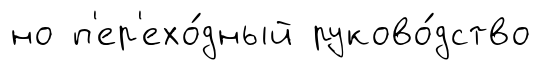
но п'ер'ехо́дный руково́дство